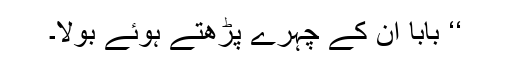
‘‘ بابا ان کے چہرے پڑھتے ہوئے بولا۔